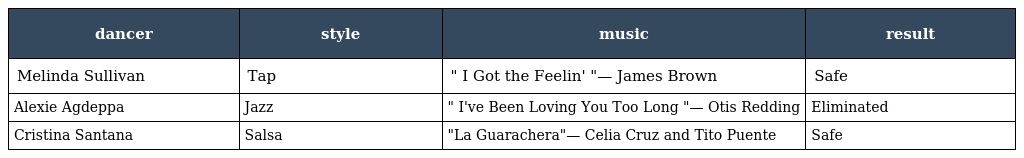
| dancer | style | music | result |
 | --- | --- | --- | --- |
 | Melinda Sullivan | Tap | " I Got the Feelin' "— James Brown | Safe |
 | Alexie Agdeppa | Jazz | " I've Been Loving You Too Long "— Otis Redding | Eliminated |
 | Cristina Santana | Salsa | "La Guarachera"— Celia Cruz and Tito Puente | Safe |